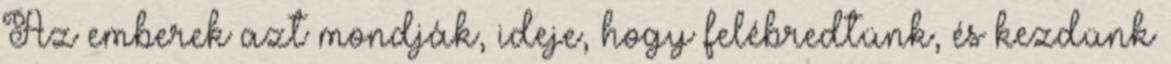
Az emberek azt mondják, ideje, hogy felébredtünk, és kezdünk